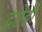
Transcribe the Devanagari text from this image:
द्रष्टेही